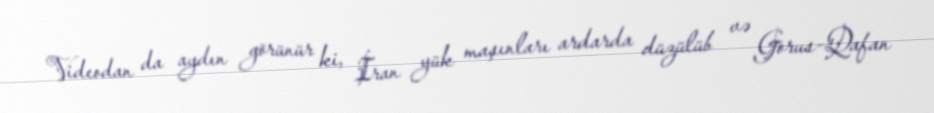
Videodan da aydın görünür ki, İran yük maşınları ardarda düzülüb və Gorus-Qafan